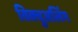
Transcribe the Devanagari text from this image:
विक्चुअलिंग